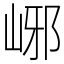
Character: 峫